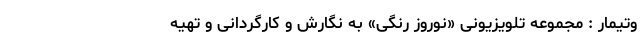
وتیمار : مجموعه‌ تلویزیونی «نوروز رنگی» به نگارش و کارگردانی و تهیه